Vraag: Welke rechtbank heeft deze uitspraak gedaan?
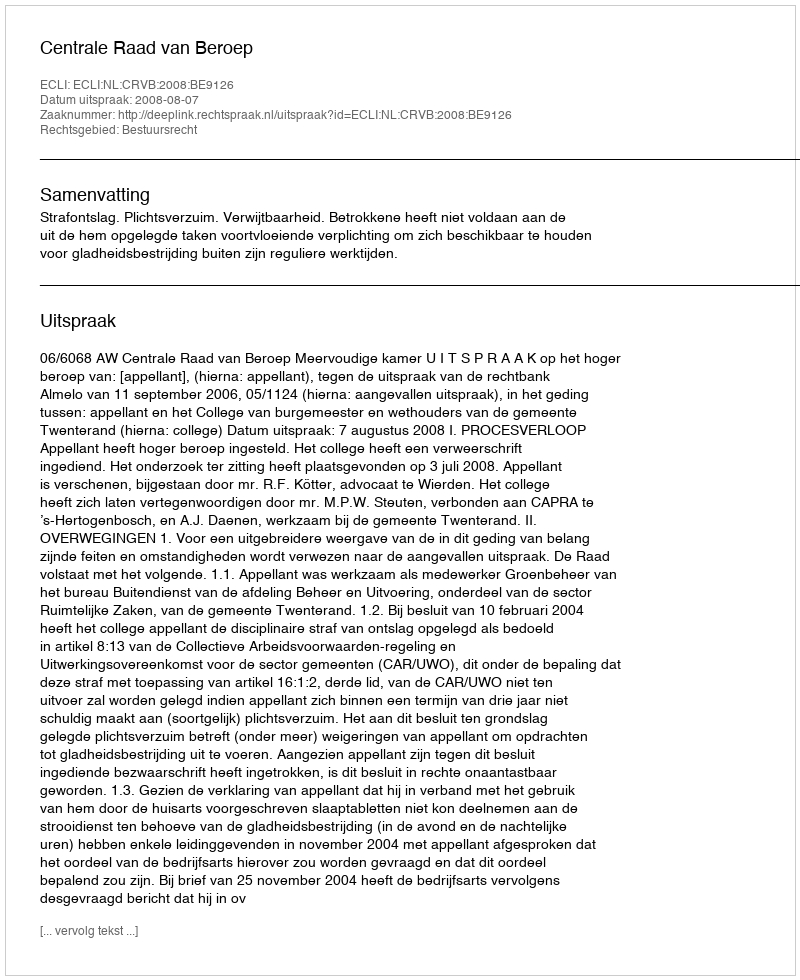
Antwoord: Centrale Raad van Beroep